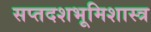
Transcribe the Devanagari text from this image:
सप्तदशभूमिशास्त्र